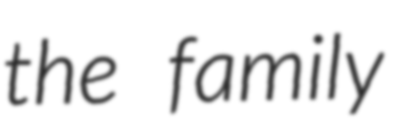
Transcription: the family